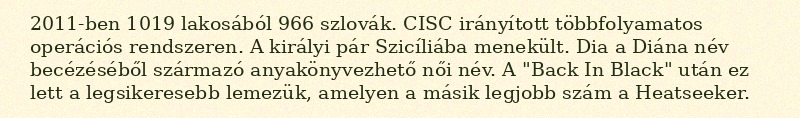
2011-ben 1019 lakosából 966 szlovák. CISC irányított többfolyamatos operációs rendszeren. A királyi pár Szicíliába menekült. Dia a Diána név becézéséből származó anyakönyvezhető női név. A "Back In Black" után ez lett a legsikeresebb lemezük, amelyen a másik legjobb szám a Heatseeker.